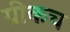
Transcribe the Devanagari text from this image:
ग्रीकच